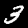
Label: 3